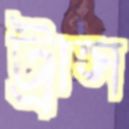
ট্রাস